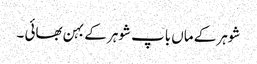
شوہر کے ماں باپ شوہر کے بہن بھائی ۔